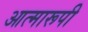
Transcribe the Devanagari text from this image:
आत्मारूपी